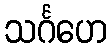
သင်္ဂဟေ